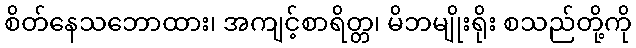
စိတ်နေသဘောထား၊ အကျင့်စာရိတ္တ၊ မိဘမျိုးရိုး စသည်တို့ကို